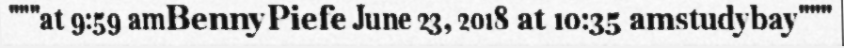
"""at 9:59 amBennyPiefe June 23, 2018 at 10:35 amstudybay"""